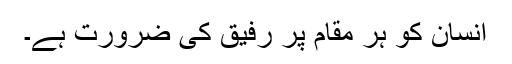
انسان کو ہر مقام پر رفیق کی ضرورت ہے۔